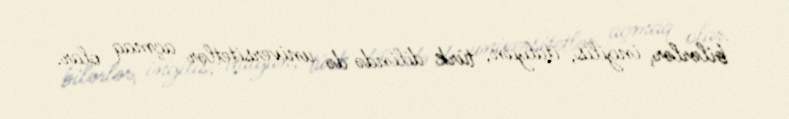
bilərlər, ingilis, italyan, türk dilində də universitetlər açmaq olar.